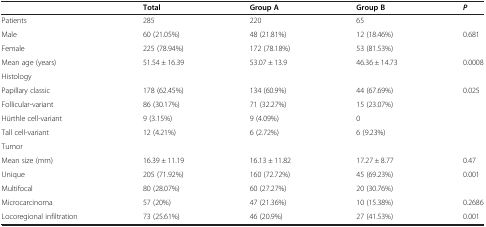
<table><thead><tr><td>[EMPTY_CELL]</td><td><b>Total</b></td><td><b>Group A</b></td><td><b>Group B</b></td><td><b><i>P</i></b></td></tr></thead><tbody><tr><td>Patients</td><td>285</td><td>220</td><td>65</td><td>[EMPTY_CELL]</td></tr><tr><td>Male</td><td>60 (21.05%)</td><td>48 (21.81%)</td><td>12 (18.46%)</td><td rowspan="2">0.681</td></tr><tr><td>Female</td><td>225 (78.94%)</td><td>172 (78.18%)</td><td>53 (81.53%)</td></tr><tr><td>Mean age (years)</td><td>51.54 ± 16.39</td><td>53.07 ± 13.9</td><td>46.36 ± 14.73</td><td>0.0008</td></tr><tr><td>Histology</td><td>[EMPTY_CELL]</td><td>[EMPTY_CELL]</td><td>[EMPTY_CELL]</td><td>[EMPTY_CELL]</td></tr><tr><td>Papillary classic</td><td>178 (62.45%)</td><td>134 (60.9%)</td><td>44 (67.69%)</td><td rowspan="4">0.025</td></tr><tr><td>Follicular-variant</td><td>86 (30.17%)</td><td>71 (32.27%)</td><td>15 (23.07%)</td></tr><tr><td>Hürthle cell-variant</td><td>9 (3.15%)</td><td>9 (4.09%)</td><td>0</td></tr><tr><td>Tall cell-variant</td><td>12 (4.21%)</td><td>6 (2.72%)</td><td>6 (9.23%)</td></tr><tr><td>Tumor</td><td>[EMPTY_CELL]</td><td>[EMPTY_CELL]</td><td>[EMPTY_CELL]</td><td>[EMPTY_CELL]</td></tr><tr><td>Mean size (mm)</td><td>16.39 ± 11.19</td><td>16.13 ± 11.82</td><td>17.27 ± 8.77</td><td>0.47</td></tr><tr><td>Unique</td><td>205 (71.92%)</td><td>160 (72.72%)</td><td>45 (69.23%)</td><td rowspan="2">0.001</td></tr><tr><td>Multifocal</td><td>80 (28.07%)</td><td>60 (27.27%)</td><td>20 (30.76%)</td></tr><tr><td>Microcarcinoma</td><td>57 (20%)</td><td>47 (21.36%)</td><td>10 (15.38%)</td><td>0.2686</td></tr><tr><td>Locoregional infiltration</td><td>73 (25.61%)</td><td>46 (20.9%)</td><td>27 (41.53%)</td><td>0.001</td></tr></tbody></table>